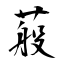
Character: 蒰